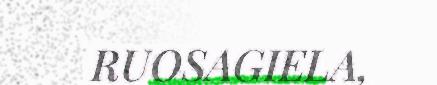
RUOSAGIELA,